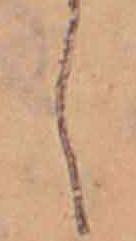
し